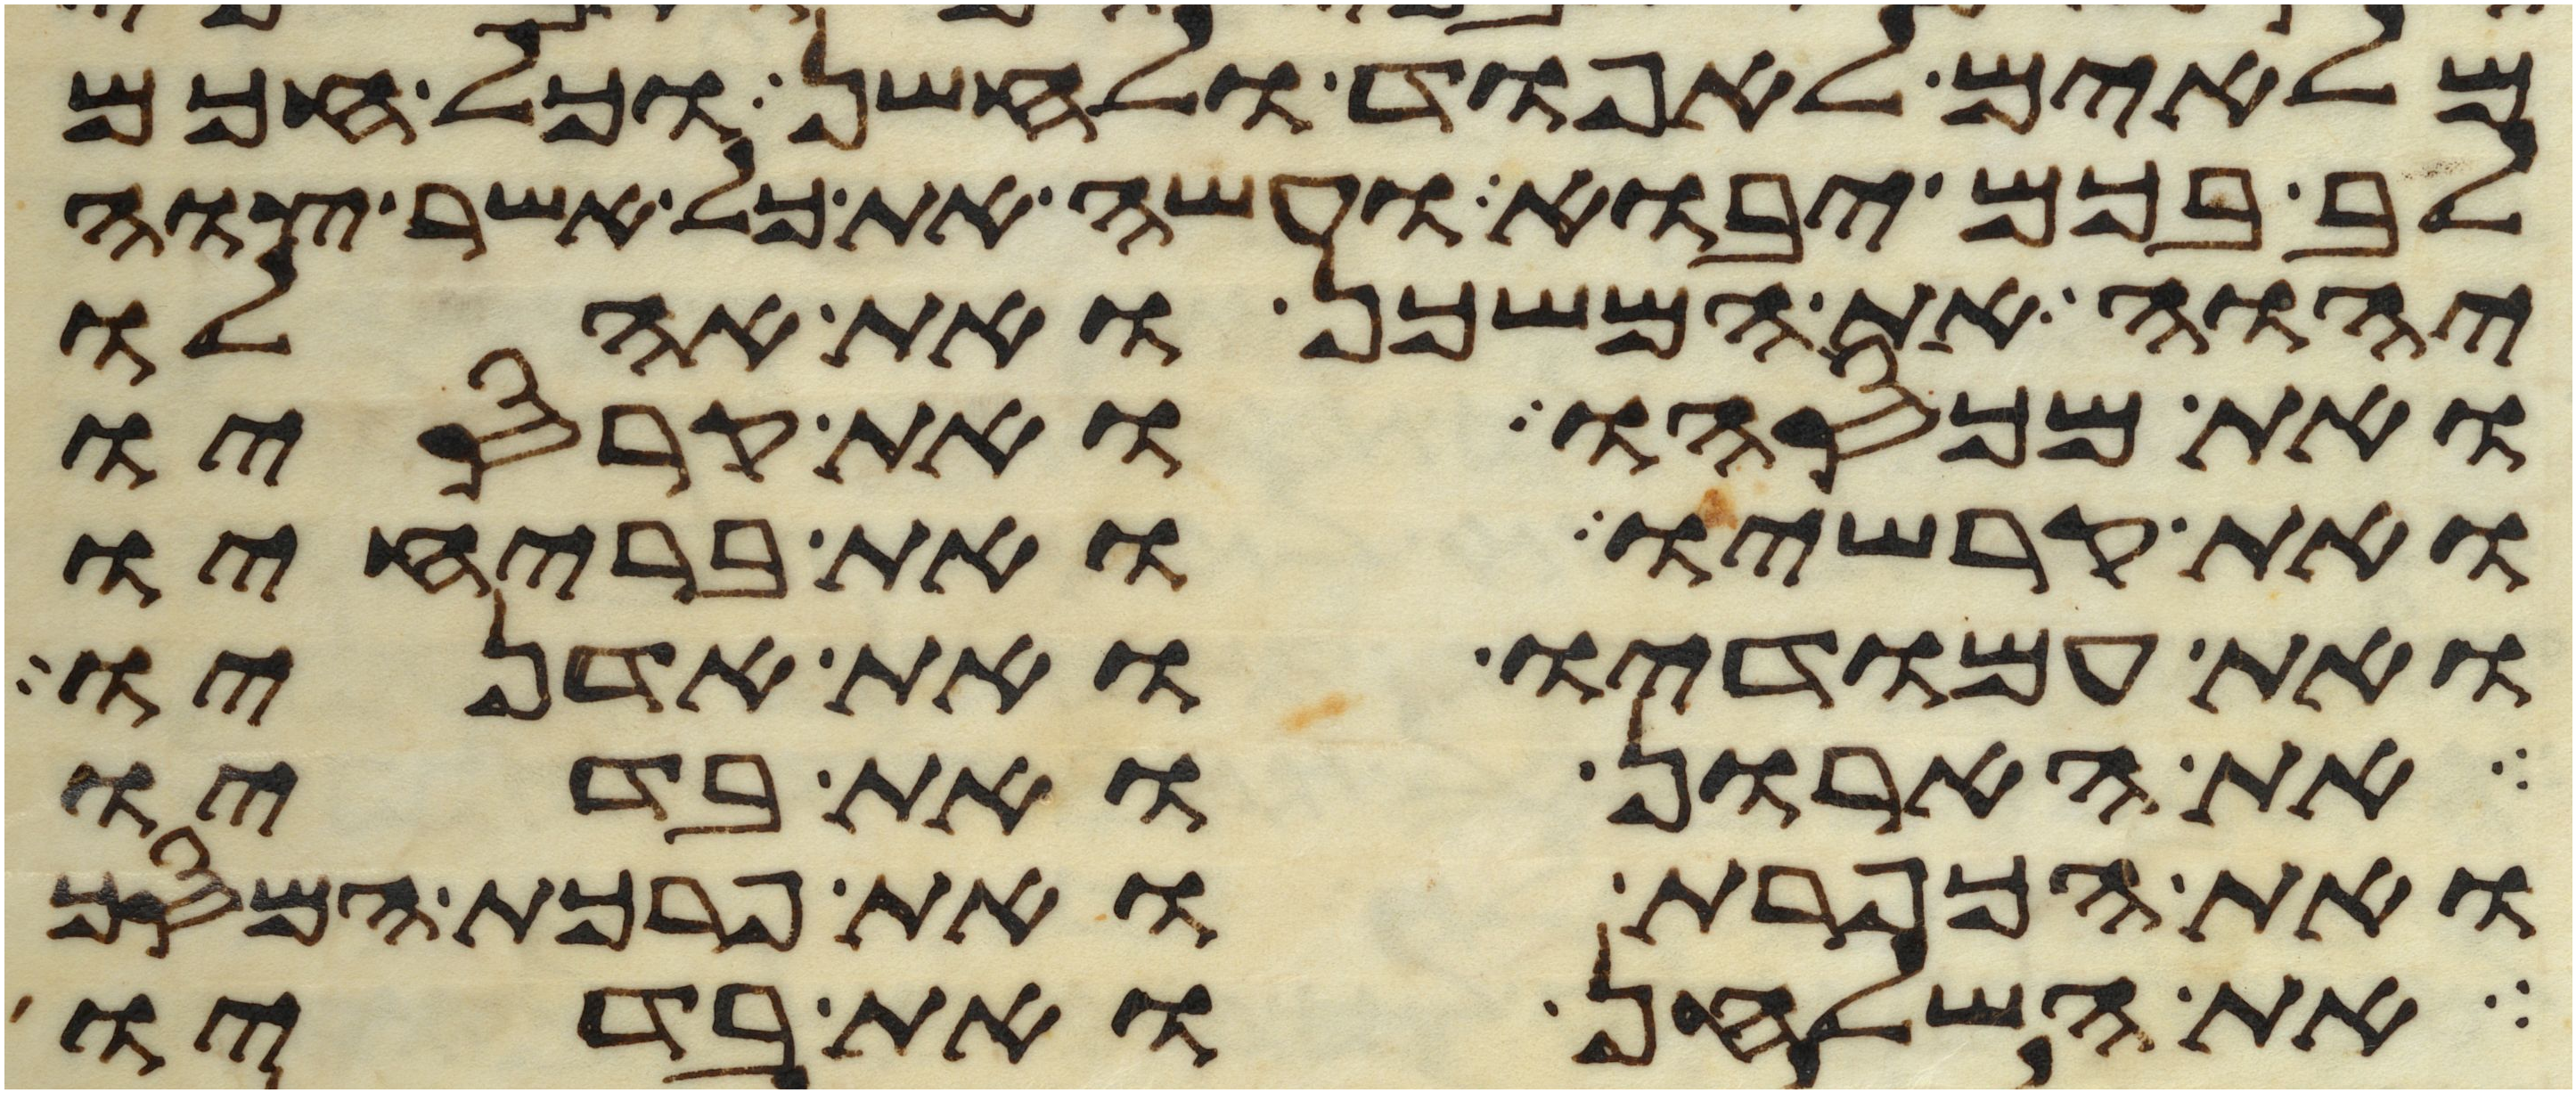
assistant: מלאים לאפוד ולחשן וכל חכם
לב בכם יבוא ועשה את כל אשר צוה
יהוה את המשכן ואת אהלו
ואת מכסהו ואת קרסיו
ואת קרשיו ואת בריחיו
ואת עמודיו ואת אדניו
את הארון ואת בדיו
ואת הכפרת ואת פרכת המסך
את השלחן ואת בדיו